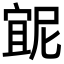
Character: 𭔇